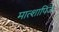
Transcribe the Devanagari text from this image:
मात्शापिज